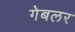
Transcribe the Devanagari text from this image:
गेबलर